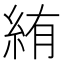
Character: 絠